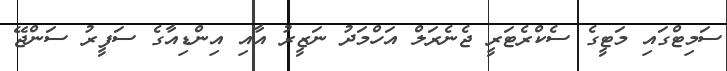
ސަމިޓްގައި މަޓީގެ ސެކްރެޓަރީ ޖެނެރަލް އަހްމަދު ނަޒީރު އާއި އިންޑިއާގެ ސަފީރު ސަންޖޭ